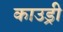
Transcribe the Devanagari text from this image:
काउड्री